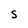
Character: S